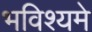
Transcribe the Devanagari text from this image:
भविश्यमे